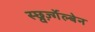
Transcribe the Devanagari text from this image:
स्छ्वर्ज़्गेल्बेन